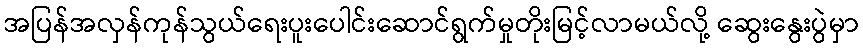
အပြန်အလှန်ကုန်သွယ်ရေးပူးပေါင်းဆောင်ရွက်မှုတိုးမြင့်လာမယ်လို့ ဆွေးနွေးပွဲမှာ